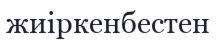
жиіркенбестен